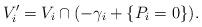
LaTeX: \begin{align*} V'_i=V_i\cap(-\gamma_i+\{P_i=0\}). \end{align*}